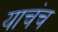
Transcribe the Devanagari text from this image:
याचंच